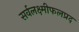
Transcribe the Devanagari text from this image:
सर्वलक्ष्मीफलप्रद